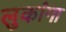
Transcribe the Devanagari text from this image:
लुकांगा